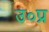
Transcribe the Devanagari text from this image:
उ०प्र